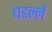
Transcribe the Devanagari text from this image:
धडल्लें